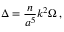
\Delta = { \frac { n } { a ^ { 5 } } } k ^ { 2 } \Omega \, ,